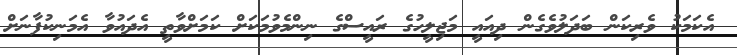
އެކަމަކު ވެރިކަން ބަދަލުވެގެން ދިއައީ މަޖިލީހުގެ ރައީސްގެ ނިންމެވުމަކަށް ކަމަށްވާތީ އެދައުވާ އެމަނިކުފާނަށް